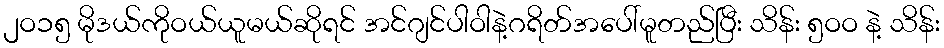
၂ဝ၁၅ မိုဒယ်ကိုဝယ်ယူမယ်ဆိုရင် အင်ဂျင်ပါဝါနဲ့ဂရိတ်အပေါ်မူတည်ပြီး သိန်း ၅ဝဝ နဲ့ သိန်း